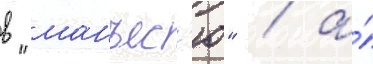
в "манъес'ю" / а́